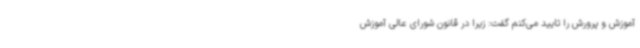
آموزش و پرورش را تایید می‌کنم گفت: زیرا در قانون شورای عالی آموزش